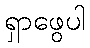
ရှာဖွေပါ